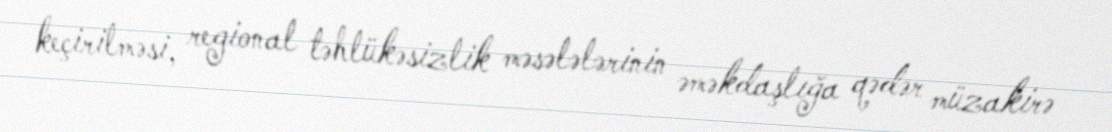
keçirilməsi, regional təhlükəsizlik məsələlərinin əməkdaşlığa qədər müzakirə